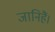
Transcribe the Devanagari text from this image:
जानिहैं।